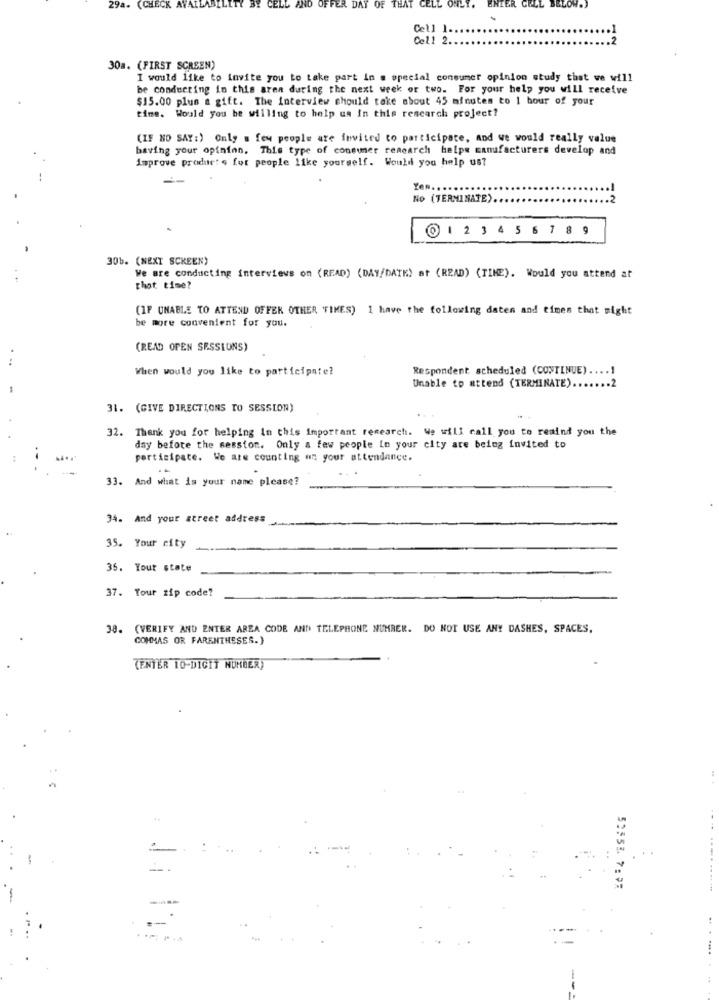
29a. (CHECK
IND OFFER DAY
OF THAT
HIER
JELOW
Cell 1.
Cell 2.
30a. (FIRST SCREEN)
I would like to Invite you to take part in s special consumer opinion study that we will
be conducting in this area during the next week or two. For your help you will receive
$15.00 plus a gift. The interview should take shout 45 minutes to 1 hour of your
time. Would you be willing to help us In this research project?
(IF HO SAY:) Only a few people are invited to participate, and we would really value
baving your opinion. This type of consumer research helps manufacturers develop and
improve products for people like yourself. Would you help us?
Yes .,
-
No (TERMINATE).
@ 1 23 456 7 89
30b. (NEXT SCKEEN)
We Bre conducting interviews on (READ) (DAY/DATE) at (READ) (TIME). Would you attend at
that time?
(IF UNABLE TO ATTEND OFFER OTHER TIMES) 1 have the following daten and times that night
be more convenient for you.
(READ OPEN SESSIONS)
. ..
When would you like to participate?
Respondent scheduled (CONTINUE) .... ]
Unable to attend (TERMINATE) ....... 2
31. (GIVE DIRECTIONS TO SESSION)
32. Thank you for helping in this important research. We will call you to remind you the
day before the session. Only a few people in your city are being invited to
participate. We are counting on your attendance.
33. And what is your name please?
34. And your street address
35. Your city
35. Your state
37. Your zip code?
38. (VERIFY AND ENTER AREA CODE AND TELEPHONE NUMBER. DO NOT USE ANY DASHES, SPACES,
COMMAS OR FARENTHESES.)
(ENTER TO-DIGIT NUMBER)
...
--...
53553. 7:35
----